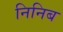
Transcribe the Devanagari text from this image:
निनिब